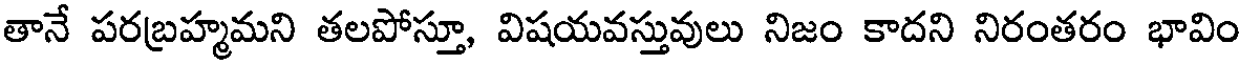
తానే పరబ్రహ్మమని తలపోస్తూ, విషయవస్తువులు నిజం కాదని నిరంతరం భావిం